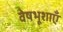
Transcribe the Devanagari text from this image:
वेषभूशाएँ